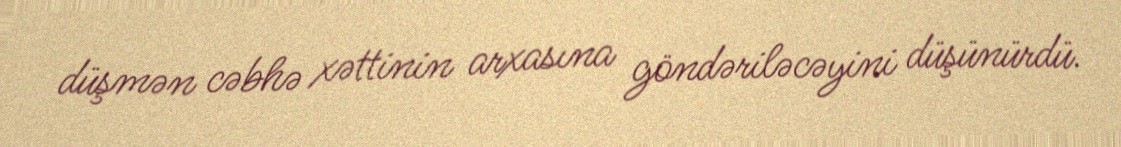
düşmən cəbhə xəttinin arxasına göndəriləcəyini düşünürdü.